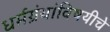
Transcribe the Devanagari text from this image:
धर्मग्रंथांविषयीचे